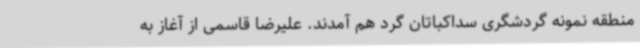
منطقه نمونه گردشگری سداکباتان گرد هم آمدند. علیرضا قاسمی از آغاز به